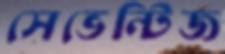
সেভেন্টিজ